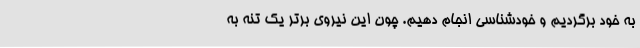
به خود برگردیم و خودشناسی انجام دهیم. چون این نیروی برتر یک تنه به